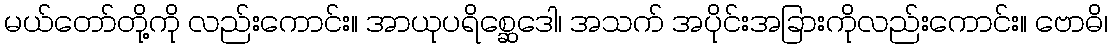
မယ်တော်တို့ကို လည်းကောင်း။ အာယုပရိစ္ဆေဒေါ၊ အသက် အပိုင်းအခြားကိုလည်းကောင်း။ ဗောဓိ၊